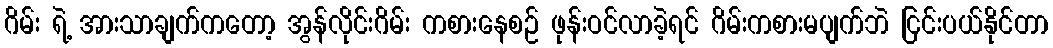
ဂိမ်း ရဲ့ အားသာချက်ကတော့ အွန်လိုင်းဂိမ်း ကစားနေစဉ် ဖုန်းဝင်လာခဲ့ရင် ဂိမ်းကစားမပျက်ဘဲ ငြင်းပယ်နိုင်တာ